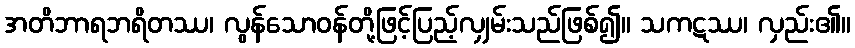
အတိဘာရဘရိတဿ၊ လွန်သောဝန်တို့ဖြင့်ပြည့်လျှမ်းသည်ဖြစ်၍။ သကဋဿ၊ လှည်း၏။